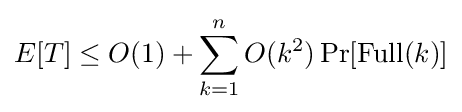
E[T]\leq O(1)+\sum _{k=1}^{n}O(k^{2})\operatorname {Pr} [\operatorname {Full} (k)]